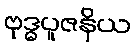
ဗုဒ္ဓပူဇနိယ